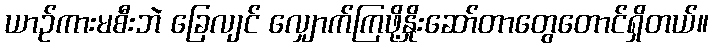
ယာဉ်ကားမစီးဘဲ ခြေလျင် လျှောက်ကြဖို့နှိုးဆော်တာတွေတောင်ရှိတယ်။